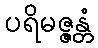
ပရိမဇ္ဇန္တံ